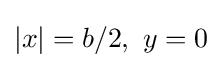
|x|=b/2,\ y=0